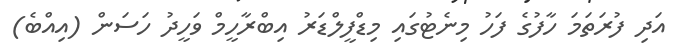
އަދި ފުރަތަމަ ހާފުގެ ފަހު މިނެޓުގައި މިޑްފީލްޑަރު އިބްރާހީމް ވަހީދު ހަސަން (އިއްބެ)